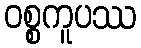
ဝစ္စကူပဿ